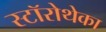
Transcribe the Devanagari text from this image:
स्टॉरोथेका